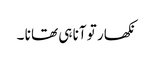
نکھار تو آنا ہی تھا نا ۔